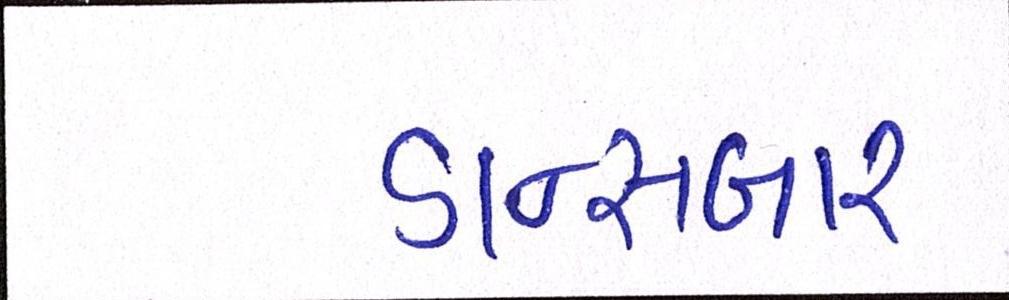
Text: ડાન્સબાર